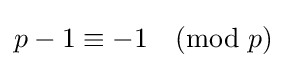
p-1\equiv -1{\pmod {p}}